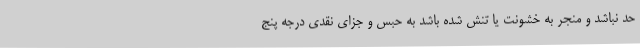
حد نباشد و منجر به خشونت یا تنش شده باشد به حبس و جزای نقدی درجه پنج